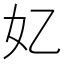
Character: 𫰆